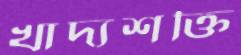
খাদ্যশক্তি